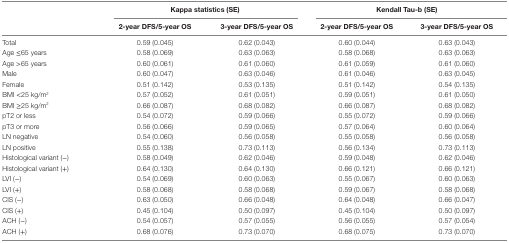
<table><thead><tr><td></td><td colspan="2"><b>Kappa statistics (SE)</b></td><td colspan="2"><b>Kendall Tau-b (SE)</b></td></tr><tr><td></td><td><b>2-year DFS/5-year OS</b></td><td><b>3-year DFS/5-year OS</b></td><td><b>2-year DFS/5-year OS</b></td><td><b>3-year DFS/5-year OS</b></td></tr></thead><tbody><tr><td>Total</td><td>0.59 (0.045)</td><td>0.62 (0.043)</td><td>0.60 (0.044)</td><td>0.63 (0.043)</td></tr><tr><td>Age ≤65 years</td><td>0.58 (0.069)</td><td>0.63 (0.063)</td><td>0.58 (0.068)</td><td>0.63 (0.063)</td></tr><tr><td>Age &gt;65 years</td><td>0.60 (0.061)</td><td>0.61 (0.060)</td><td>0.61 (0.059)</td><td>0.61 (0.060)</td></tr><tr><td>Male</td><td>0.60 (0.047)</td><td>0.63 (0.046)</td><td>0.61 (0.046)</td><td>0.63 (0.045)</td></tr><tr><td>Female</td><td>0.51 (0.142)</td><td>0.53 (0.135)</td><td>0.51 (0.142)</td><td>0.54 (0.135)</td></tr><tr><td>BMI &lt;25 kg/m<sup>2</sup></td><td>0.57 (0.052)</td><td>0.61 (0.051)</td><td>0.59 (0.051)</td><td>0.61 (0.050)</td></tr><tr><td>BMI ≥25 kg/m<sup>2</sup></td><td>0.66 (0.087)</td><td>0.68 (0.082)</td><td>0.66 (0.087)</td><td>0.68 (0.082)</td></tr><tr><td>pT2 or less</td><td>0.54 (0.072)</td><td>0.59 (0.066)</td><td>0.55 (0.072)</td><td>0.59 (0.066)</td></tr><tr><td>pT3 or more</td><td>0.56 (0.066)</td><td>0.59 (0.065)</td><td>0.57 (0.064)</td><td>0.60 (0.064)</td></tr><tr><td>LN negative</td><td>0.54 (0.060)</td><td>0.56 (0.058)</td><td>0.55 (0.058)</td><td>0.56 (0.058)</td></tr><tr><td>LN positive</td><td>0.55 (0.138)</td><td>0.73 (0.113)</td><td>0.56 (0.134)</td><td>0.73 (0.113)</td></tr><tr><td>Histological variant (−)</td><td>0.58 (0.049)</td><td>0.62 (0.046)</td><td>0.59 (0.048)</td><td>0.62 (0.046)</td></tr><tr><td>Histological variant (+)</td><td>0.64 (0.130)</td><td>0.64 (0.130)</td><td>0.66 (0.121)</td><td>0.66 (0.121)</td></tr><tr><td>LVI (−)</td><td>0.54 (0.069)</td><td>0.60 (0.063)</td><td>0.55 (0.067)</td><td>0.60 (0.063)</td></tr><tr><td>LVI (+)</td><td>0.58 (0.068)</td><td>0.58 (0.068)</td><td>0.59 (0.067)</td><td>0.58 (0.068)</td></tr><tr><td>CIS (−)</td><td>0.63 (0.050)</td><td>0.66 (0.048)</td><td>0.64 (0.048)</td><td>0.66 (0.047)</td></tr><tr><td>CIS (+)</td><td>0.45 (0.104)</td><td>0.50 (0.097)</td><td>0.45 (0.104)</td><td>0.50 (0.097)</td></tr><tr><td>ACH (−)</td><td>0.54 (0.057)</td><td>0.57 (0.055)</td><td>0.56 (0.055)</td><td>0.57 (0.054)</td></tr><tr><td>ACH (+)</td><td>0.68 (0.076)</td><td>0.73 (0.070)</td><td>0.68 (0.075)</td><td>0.73 (0.070)</td></tr></tbody></table>